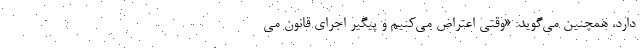
دارد، همچنین می‌گوید: «وقتی اعتراض می‌کنیم و پیگیر اجرای قانون می